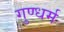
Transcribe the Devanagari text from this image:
गुण्धर्म